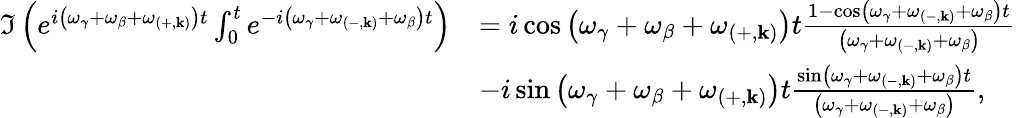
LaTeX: \begin{array}{rl}{\Im\left(e^{i\left(\omega_{\gamma}+\omega_{\beta}+\omega_{\left(+,\mathbf{k}\right)}\right)t}\int_{0}^{t}e^{-i\left(\omega_{\gamma}+\omega_{\left(-,\mathbf{k}\right)}+\omega_{\beta}\right)t}\right)}&{=i\cos\left(\omega_{\gamma}+\omega_{\beta}+\omega_{\left(+,\mathbf{k}\right)}\right)t\frac{1-\cos\left(\omega_{\gamma}+\omega_{\left(-,\mathbf{k}\right)}+\omega_{\beta}\right)t}{\left(\omega_{\gamma}+\omega_{\left(-,\mathbf{k}\right)}+\omega_{\beta}\right)}}\\ &{-i\sin\left(\omega_{\gamma}+\omega_{\beta}+\omega_{\left(+,\mathbf{k}\right)}\right)t\frac{\sin\left(\omega_{\gamma}+\omega_{\left(-,\mathbf{k}\right)}+\omega_{\beta}\right)t}{\left(\omega_{\gamma}+\omega_{\left(-,\mathbf{k}\right)}+\omega_{\beta}\right)},}\end{array}